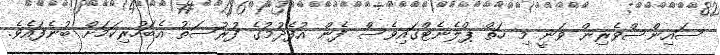
ސައިންސްވެރިން ވަނީ މި ހަތް ޕްލެނެޓްގައިވެސް ފެން އުފެދުމުގެ ފުރުސަތު އެބަހުރިކަމަށް ބުނެފައެވެ.